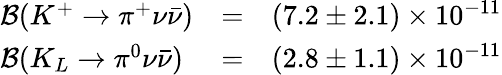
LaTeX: \begin{array}{lll}{{{\cal B}(K^{+}\to\pi^{+}\nu\bar{\nu})}}&{{=}}&{{(7.2\pm 2.1)\times 10^{-11}}}\\ {{{\cal B}(K_{L}\to\pi^{0}\nu\bar{\nu})}}&{{=}}&{{(2.8\pm 1.1)\times 10^{-11}}}\end{array}